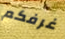
غرفكم